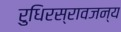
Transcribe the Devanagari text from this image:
रुधिरस्रावजन्य